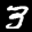
Label: 3